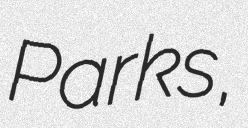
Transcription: Parks,